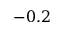
- 0 . 2